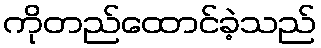
ကိုတည်ထောင်ခဲ့သည်